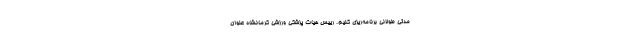
مدتی طولانی برنامه‌ریزی کنیم. رییس هیات پزشکی ورزشی کرمانشاه عنوان